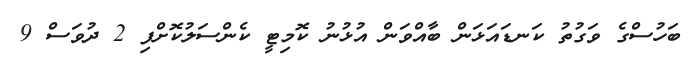
ބަހުސްގެ ވަގުތު ކަނޑައަޅަން ބާއްވަން އުޅުނު ކޮމިޓީ ކެންސަލުކޮށްފި 2 ދުވަސް 9